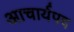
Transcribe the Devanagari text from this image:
आचार्यपद